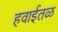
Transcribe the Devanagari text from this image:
हवाईतळ